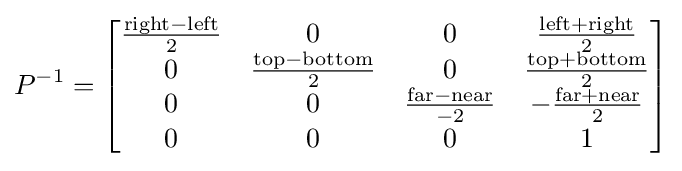
P^{-1}={\begin{bmatrix}{\frac {{\text{right}}-{\text{left}}}{2}}&0&0&{\frac {{\text{left}}+{\text{right}}}{2}}\\0&{\frac {{\text{top}}-{\text{bottom}}}{2}}&0&{\frac {{\text{top}}+{\text{bottom}}}{2}}\\0&0&{\frac {{\text{far}}-{\text{near}}}{-2}}&-{\frac {{\text{far}}+{\text{near}}}{2}}\\0&0&0&1\end{bmatrix}}